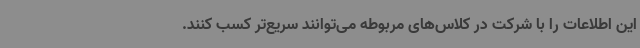
این اطلاعات را با شرکت در کلاس‌های مربوطه می‌توانند سریع‌تر کسب کنند.